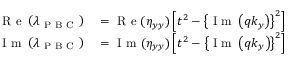
\begin{array} { r l } { \mathrm { ~ R ~ e ~ } \left( \lambda _ { \mathrm { ~ P ~ B ~ C ~ } } \right) } & { { } = \mathrm { ~ R ~ e ~ } ( \eta _ { y y } ) \left[ t ^ { 2 } - \left\{ \mathrm { ~ I ~ m ~ } \left( q k _ { y } \right) \right\} ^ { 2 } \right] } \\ { \mathrm { ~ I ~ m ~ } \left( \lambda _ { \mathrm { ~ P ~ B ~ C ~ } } \right) } & { { } = \mathrm { ~ I ~ m ~ } ( \eta _ { y y } ) \left[ t ^ { 2 } - \left\{ \mathrm { ~ I ~ m ~ } \left( q k _ { y } \right) \right\} ^ { 2 } \right] } \end{array}